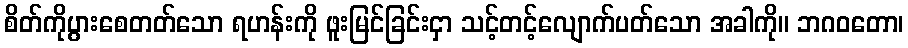
စိတ်ကိုပွားစေတတ်သော ရဟန်းကို ဖူးမြင်ခြင်းငှာ သင့်တင့်လျောက်ပတ်သော အခါကို။ ဘဂဝတော၊